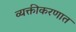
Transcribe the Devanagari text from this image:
व्यक्तीकरणात